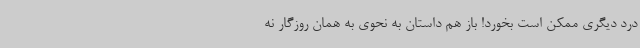
درد دیگری ممکن است بخورد! باز هم داستان به نحوی به همان روزگار نه